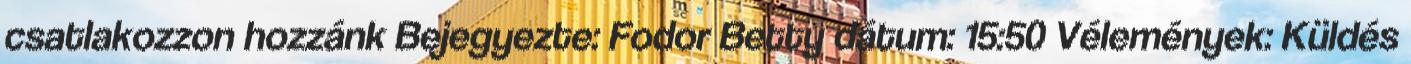
csatlakozzon hozzánk Bejegyezte: Fodor Betty dátum: 15:50 Vélemények: Küldés